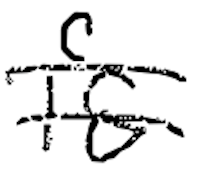
Text: is
Cross-out: double-line
Writing tool: digital_black